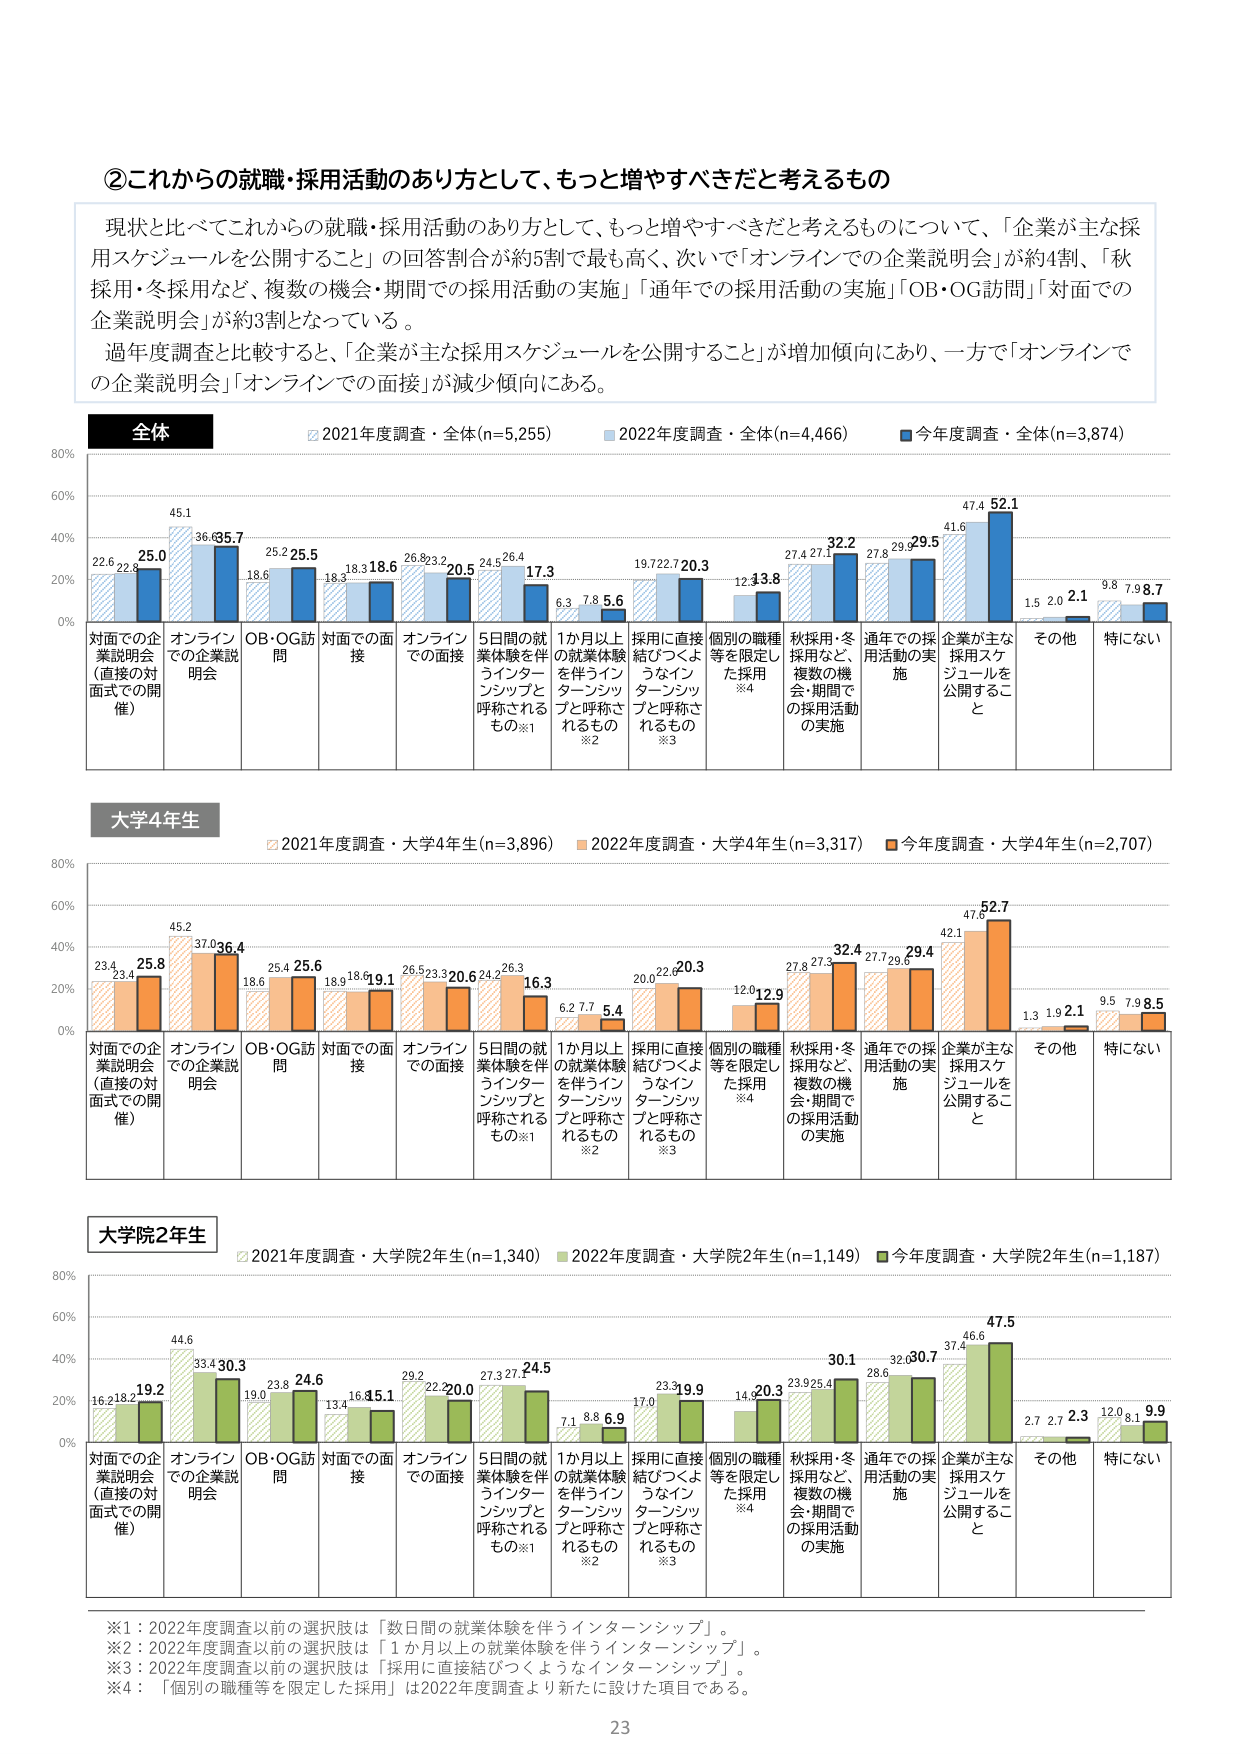
②これからの就職・採用活動のあり方として、もっと増やすべきだと考えるもの

現状と比べてこれからの就職・採用活動のあり方として、もっと増やすべきだと考えるものについて、「企業が主な採用スケジュールを公開すること」の回答割合が約5割で最も高く、次いで「オンラインでの企業説明会」が約4割、「秋採用・冬採用など、複数の機会・期間での採用活動の実施」「通年での採用活動の実施」「OB・OG訪問」「対面での企業説明会」が約3割となっている。

過年度調査と比較すると、「企業が主な採用スケジュールを公開すること」が増加傾向にあり、一方で「オンラインでの企業説明会」「オンラインでの面接」が減少傾向にある。

全体
☑ 2021年度調査・全体(n=5,255)　■ 2022年度調査・全体(n=4,466)　■ 今年度調査・全体(n=3,874)

80%
60%
40%
20%
0%

対面での企業説明会（直接の対面式での開催）　22.6　22.8　25.0
オンラインでの企業説明会　45.1　36.6　35.7
OB・OG訪問　18.6　25.2　25.5
対面での面接　18.3　18.3　18.6
オンラインでの面接　26.8　23.2　20.5
5日間の就業体験を伴うインターンシップと呼称されるもの※1　24.5　26.4　17.3
1か月以上の就業体験を伴うインターンシップと呼称されるもの※2　6.3　7.8　5.6
採用に直接結びつくようなインターンシップと呼称されるもの※3　19.7　22.7　20.3
個別の職種等を限定した採用※4　12　13.8
秋採用・冬採用など、複数の機会・期間での採用活動の実施　27.4　27.1　32.2
通年での採用活動の実施　27.8　29.9　29.5
企業が主な採用スケジュールを公開すること　41.6　47.4　52.1
その他　1.5　2.0　2.1
特にない　9.8　7.9　8.7

大学4年生
☑ 2021年度調査・大学4年生(n=3,896)　■ 2022年度調査・大学4年生(n=3,317)　■ 今年度調査・大学4年生(n=2,707)

80%
60%
40%
20%
0%

対面での企業説明会（直接の対面式での開催）　23.4　23.4　25.8
オンラインでの企業説明会　45.2　37.0　36.4
OB・OG訪問　18.6　25.4　25.6
対面での面接　18.9　18.6　19.1
オンラインでの面接　26.5　23.3　20.6
5日間の就業体験を伴うインターンシップと呼称されるもの※1　24.2　26.3　16.3
1か月以上の就業体験を伴うインターンシップと呼称されるもの※2　6.2　7.7　5.4
採用に直接結びつくようなインターンシップと呼称されるもの※3　20.0　22.0　20.3
個別の職種等を限定した採用※4　12.0　12.9
秋採用・冬採用など、複数の機会・期間での採用活動の実施　27.8　27.3　32.4
通年での採用活動の実施　27.7　29.6　29.4
企業が主な採用スケジュールを公開すること　42.1　47.6　52.7
その他　1.3　1.9　2.1
特にない　9.5　7.9　8.5

大学院2年生
☑ 2021年度調査・大学院2年生(n=1,340)　■ 2022年度調査・大学院2年生(n=1,149)　■ 今年度調査・大学院2年生(n=1,187)

80%
60%
40%
20%
0%

対面での企業説明会（直接の対面式での開催）　16.2　18.2　19.2
オンラインでの企業説明会　44.6　33.4　30.3
OB・OG訪問　19.0　23.8　24.6
対面での面接　13.4　16.4　15.1
オンラインでの面接　29.2　22.2　20.0
5日間の就業体験を伴うインターンシップと呼称されるもの※1　27.3　27.7　24.5
1か月以上の就業体験を伴うインターンシップと呼称されるもの※2　7.1　8.8　6.9
採用に直接結びつくようなインターンシップと呼称されるもの※3　17.0　23.3　19.9
個別の職種等を限定した採用※4　14.2　20.3
秋採用・冬採用など、複数の機会・期間での採用活動の実施　23.9　25.4　30.1
通年での採用活動の実施　28.6　32.3　30.7
企業が主な採用スケジュールを公開すること　37.4　46.6　47.5
その他　2.7　2.7　2.3
特にない　12.0　8.1　9.9

※1：2022年度調査以前の選択肢は「数日間の就業体験を伴うインターンシップ」。
※2：2022年度調査以前の選択肢は「1か月以上の就業体験を伴うインターンシップ」。
※3：2022年度調査以前の選択肢は「採用に直接結びつくようなインターンシップ」。
※4：「個別の職種等を限定した採用」は2022年度調査より新たに設けた項目である。

23